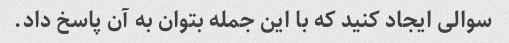
سوالی ایجاد کنید که با این جمله بتوان به آن پاسخ داد.